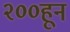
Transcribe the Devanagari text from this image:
२००हून